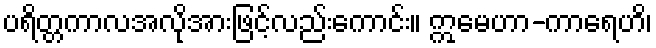
ပရိတ္တကာလအလိုအားဖြင့်လည်းကောင်း။ ဣမေဟာ-ကာရေဟိ၊